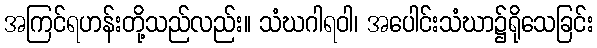
အကြင်ရဟန်းတို့သည်လည်း။ သံဃဂါရဝါ၊ အပေါင်းသံဃာ၌ရိုသေခြင်း